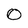
Character: O